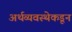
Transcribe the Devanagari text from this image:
अर्थव्यवस्थेकडून